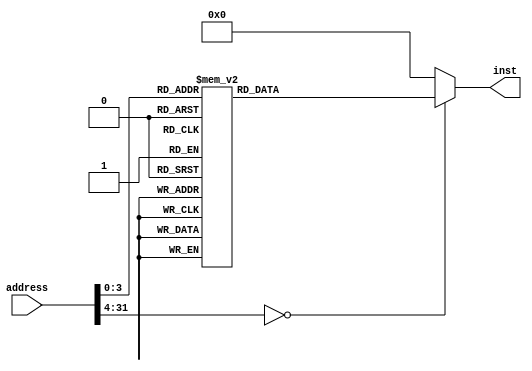
`timescale 1ns / 1ps

//////////////////////////////////////////////////////////////////////////////////
// Company: lirc572
// 
// Create Date: 
// Design Name: NECPU
// Module Name: InstMem
// Project Name: 
// Target Devices: 
// Tool Versions: 
// Description: 
// 
// Dependencies: 
// 
// Revision:
// Revision 0.01 - File Created
// Additional Comments:
// 
//////////////////////////////////////////////////////////////////////////////////
`define InstBusWidth  32
`define InstAddrBus   32
module instMem (
    input  [`InstAddrBus-1:0]  address,
    output reg [`InstBusWidth-1:0] inst
  );
  always @ (address) begin
    inst = 32'd0;
    case (address)
      0: inst = 32'd205520897;
      1: inst = 32'd203423744;
      2: inst = 32'd270565376;
      3: inst = 32'd207618049;
      4: inst = 32'd209715200;
      5: inst = 32'd1283719168;
      6: inst = 32'd608311296;
      7: inst = 32'd211812356;
      8: inst = 32'd545259520;
      9: inst = 32'd1486880768;
      10: inst = 32'd138477568;
    endcase
  end
endmodule